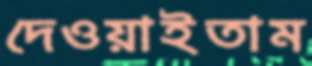
দেওয়াইতাম